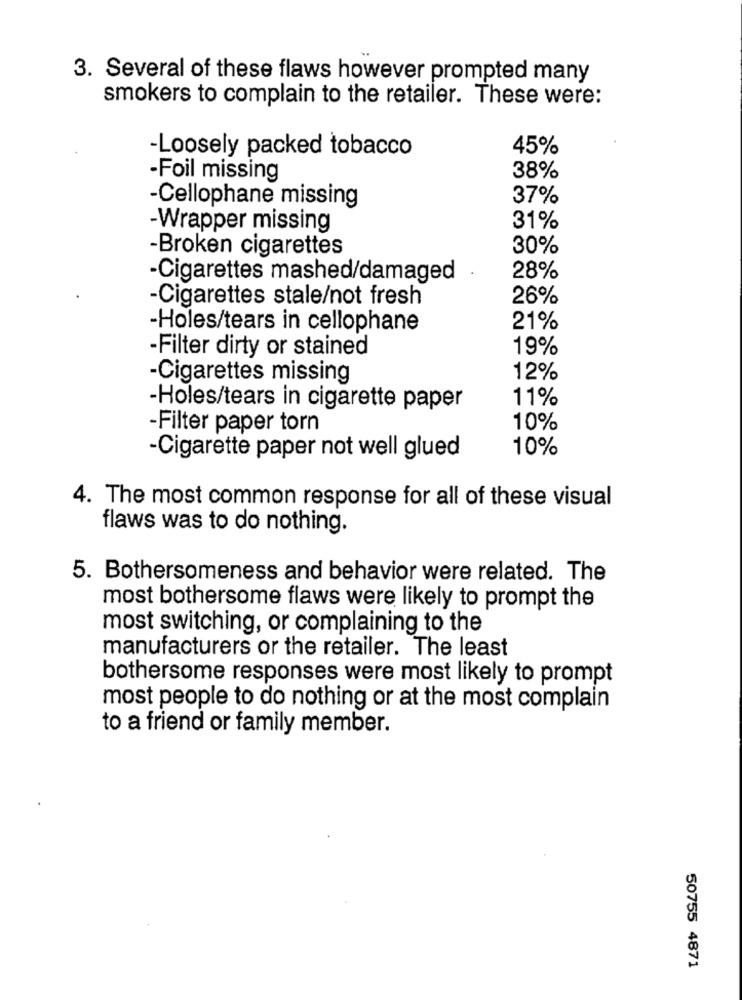
3. Several of these flaws however prompted many
smokers to complain to the retailer. These were:
-Loosely packed tobacco
45%
-Foil missing
38%
-Cellophane missing
37%
-Wrapper missing
31%
-Broken cigarettes
30%
-Cigarettes mashed/damaged
28%
-Cigarettes stale/not fresh
26%
-Holes/tears in cellophane
21%
-Filter dirty or stained
19%
-Cigarettes missing
12%
11%
-Holes/tears in cigarette paper
-Filter paper torn
10%
10%
-Cigarette paper not well glued
4. The most common response for all of these visual
flaws was to do nothing.
5. Bothersomeness and behavior were related. The
most bothersome flaws were likely to prompt the
most switching, or complaining to the
manufacturers or the retailer. The least
bothersome responses were most likely to prompt
most people to do nothing or at the most complain
to a friend or family member.
50755 4871